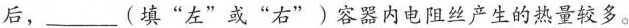
后，___(填 “左 ”或 “右 ”)容器内电阻丝产生的热量较多。